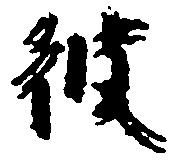
彼